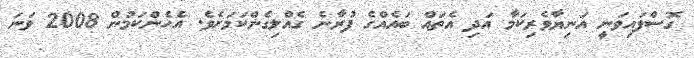
ގޮސްފައިވަނީ އަނިޔާވެރިކަމާ އަދި އެތައް ބައެއްގެ ފުރާނެ ގެއްލިގެންކަމަށެވެ. އެހެންކަމުން 2008 ވަނަ